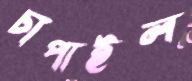
চাপাইল